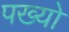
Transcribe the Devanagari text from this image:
पख्‍यो